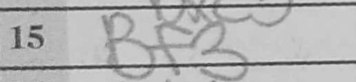
Transcription: Bf3